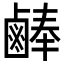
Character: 𪉪